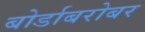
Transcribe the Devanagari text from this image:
बोर्डाबरोबर